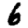
Digit: 6